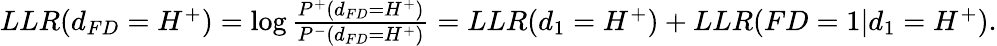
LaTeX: \begin{array}{r}{LLR(d_{FD}=H^{+})=\log\frac{P^{+}(d_{FD}=H^{+})}{P^{-}(d_{FD}=H^{+})}=LLR(d_{1}=H^{+})+LLR(FD=1|d_{1}=H^{+}).}\end{array}